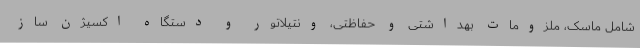
شامل ماسک، ملزومات بهداشتی و حفاظتی، ونتیلاتور و دستگاه اکسیژن ساز